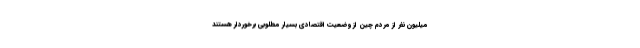
میلیون نفر از مردم چین از وضعیت اقتصادی بسیار مطلوبی برخوردار هستند